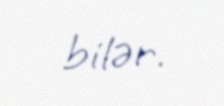
bilər.